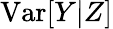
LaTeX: \textrm{Var}[Y|Z]